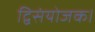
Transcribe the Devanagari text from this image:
द्विसंयोजक।